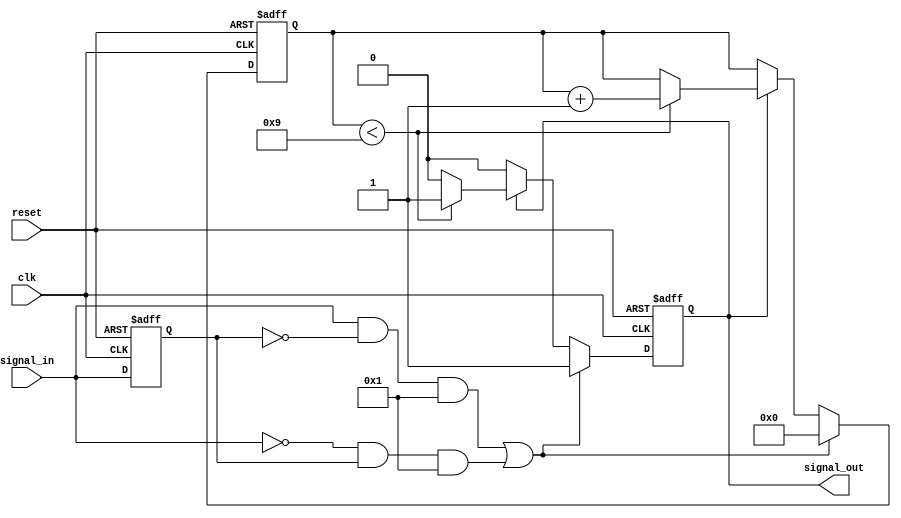
module edge_detector #(
    parameter PULSE_WIDTH = 10, // Pulse width in clock cycles
    parameter DETECT_RISING = 1, // 1 for rising edge detection, 0 for falling edge
    parameter DETECT_FALLING = 1 // 1 for falling edge detection, 0 for rising edge
)(
    input wire clk,              // System clock
    input wire reset,            // Asynchronous reset
    input wire signal_in,        // Input signal to detect edges
    output reg signal_out        // Output pulse signal
);

    reg signal_in_prev;          // Previous state of the input signal
    reg [3:0] pulse_counter;     // Counter for pulse width

    // Edge detection logic
    wire rising_edge_detected = (signal_in && !signal_in_prev && DETECT_RISING);
    wire falling_edge_detected = (!signal_in && signal_in_prev && DETECT_FALLING);
    wire edge_detected = rising_edge_detected || falling_edge_detected;

    // Sequential logic to store the previous state of signal_in
    always @(posedge clk or posedge reset) begin
        if (reset) begin
            signal_in_prev <= 1'b0;
            signal_out <= 1'b0;
            pulse_counter <= 0;
        end else begin
            signal_in_prev <= signal_in;
            if (edge_detected) begin
                signal_out <= 1'b1; // Start the output pulse
                pulse_counter <= 0;  // Reset the pulse counter
            end else if (signal_out) begin
                if (pulse_counter < PULSE_WIDTH - 1) begin
                    pulse_counter <= pulse_counter + 1;
                end else begin
                    signal_out <= 1'b0; // End the output pulse
                end
            end
        end
    end

endmodule